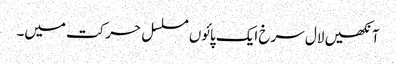
آنکھیں لال سرخ ایک پائوں مسلسل حرکت میں۔